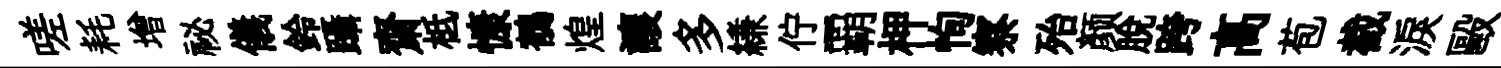
嗟耗增祕儀鈴躡齋柢慷鶺煌讓多縑佇覇柙恂察殆颜脫跨高苞截淚毆